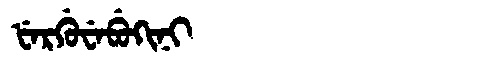
Manchu: ᡶᡝᡵᡤᡠᠸᡝᠪᡠᡴᡳᠨᡳ
Romanization: FERGUWEBUKINI